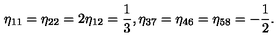
\eta _ { 1 1 } = \eta _ { 2 2 } = 2 \eta _ { 1 2 } = \frac { 1 } { 3 } , \eta _ { 3 7 } = \eta _ { 4 6 } = \eta _ { 5 8 } = - \frac { 1 } { 2 } .